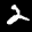
Label: 2